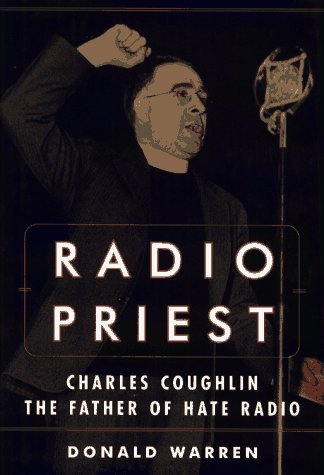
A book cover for Radio Priest: Charles Coughlin, The Father of Hate Radio; Donald Warren; Humor & Entertainment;